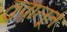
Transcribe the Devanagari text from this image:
तुवालूत